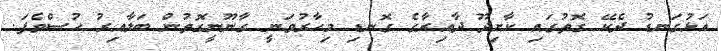
އަޅުގަނޑު ދެކޭ ގޮތުގައި ކާށިދޫ ދާއިރާގެ ގޮނޑި މިހާރުވަނީ ގާނޫނީގޮތުން ބަލާއިރު ހުސްވެފަ.